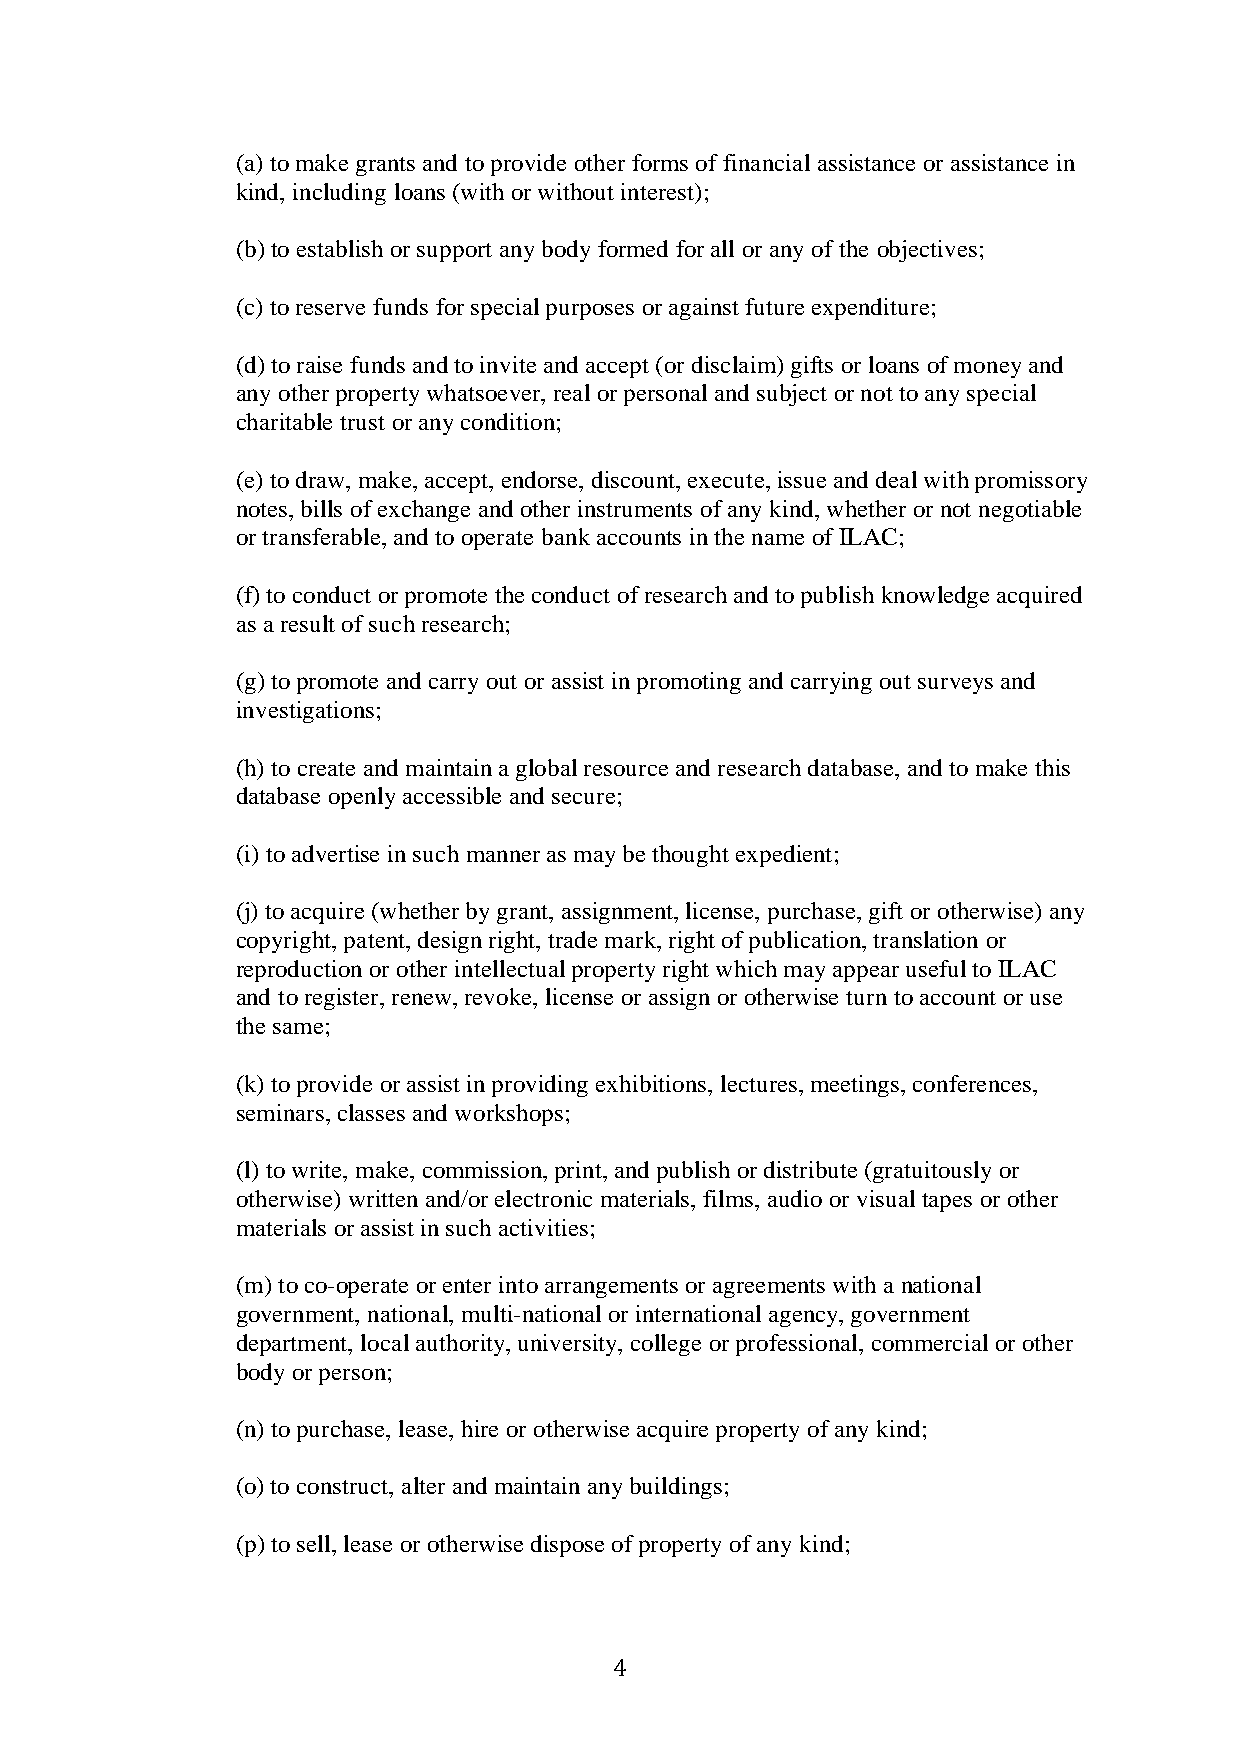
(a) to make grants and to provide other forms of financial assistance or assistance in
 kind, including loans (with or without interest);
 (b) to establish or support any body formed for all or any of the objectives;
 (c) to reserve funds for special purposes or against future expenditure;
 (d) to raise funds and to invite and accept (or disclaim) gifts or loans of money and
 any other property whatsoever, real or personal and subject or not to any special
 charitable trust or any condition;
 (e) to draw, make, accept, endorse, discount, execute, issue and deal with promissory
 notes, bills of exchange and other instruments of any kind, whether or not negotiable
 or transferable, and to operate bank accounts in the name of ILAC;
 (f) to conduct or promote the conduct of research and to publish knowledge acquired
 as a result of such research;
 (g) to promote and carry out or assist in promoting and carrying out surveys and
 investigations;
 (h) to create and maintain a global resource and research database, and to make this
 database openly accessible and secure;
 (i) to advertise in such manner as may be thought expedient;
 (j) to acquire (whether by grant, assignment, license, purchase, gift or otherwise) any
 copyright, patent, design right, trade mark, right of publication, translation or
 reproduction or other intellectual property right which may appear useful to ILAC
 and to register, renew, revoke, license or assign or otherwise turn to account or use
 the same;
 (k) to provide or assist in providing exhibitions, lectures, meetings, conferences,
 seminars, classes and workshops;
 (l) to write, make, commission, print, and publish or distribute (gratuitously or
 otherwise) written and/or electronic materials, films, audio or visual tapes or other
 materials or assist in such activities;
 (m) to co-operate or enter into arrangements or agreements with a national
 government, national, multi-national or international agency, government
 department, local authority, university, college or professional, commercial or other
 body or person;
 (n) to purchase, lease, hire or otherwise acquire property of any kind;
 (o) to construct, alter and maintain any buildings;
 (p) to sell, lease or otherwise dispose of property of any kind;
 4